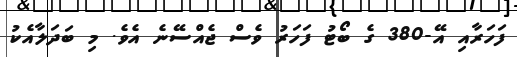
ފަހަރާއި އޭ-380 ގެ ބޯޓު ފަހަރު ވެސް ޖެއްސޭނެ އެވެ. މި ބަދަލާއެކު